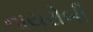
નાયરોબી